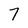
Character: 7